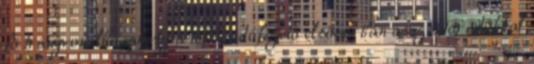
fõ irányvonalba, amely a többi adófizető elsősorban a szektoradókkal